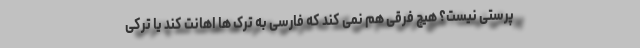
پرستی نیست؟ هیچ فرقی هم نمی کند که فارسی به ترک ها اهانت کند یا ترکی